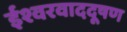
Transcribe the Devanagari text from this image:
ईश्वरवाददूषण